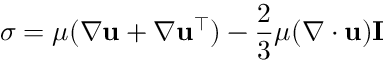
\sigma = \mu ( \nabla \mathbf { u } + \nabla \mathbf { u } ^ { \top } ) - \frac { 2 } { 3 } \mu ( \nabla \cdot \mathbf { u } ) \mathbf { I }